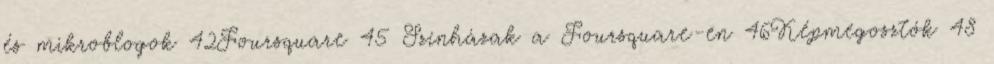
és mikroblogok 42Foursquare 45 Színházak a Foursquare-en 46Képmegosztók 48